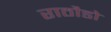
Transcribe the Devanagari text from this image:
राठौडो